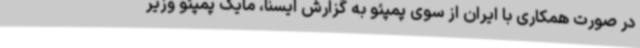
در صورت همکاری با ایران از سوی پمپئو به گزارش ایسنا، مایک پمپئو وزیر